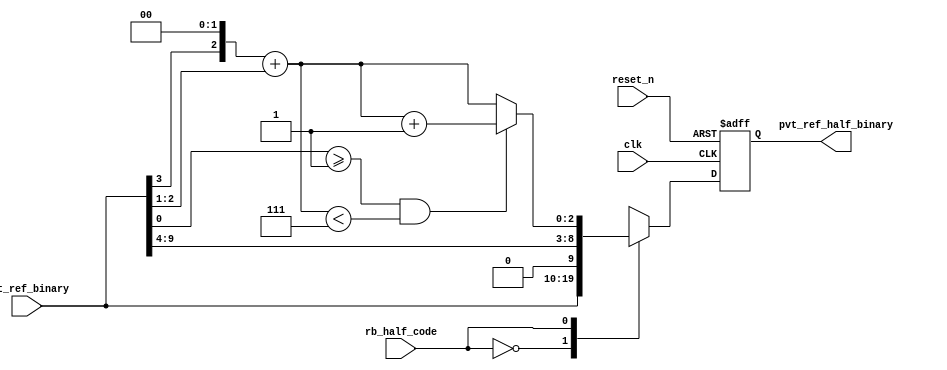
// This program was cloned from: https://github.com/chipsalliance/aib-phy-hardware
// License: Apache License 2.0

// SPDX-License-Identifier: Apache-2.0
// Copyright (C) 2019 Intel Corporation. 
//------------------------------------------------------------------------
//
// Revision:    $Revision: #3 $
//------------------------------------------------------------------------
// Description: half cycle delay code generation logics
//------------------------------------------------------------------------

//------------------------------------------------------------------------
// To be considered :
// 1. any potential glitch between code switching?
//------------------------------------------------------------------------
module aibndpnr_half_cycle_code_gen 
#(
parameter FF_DELAY     = 200
)
(
   input  wire         clk,                     //reference clock from pll
   input  wire         reset_n,                 //output for dll reset
   input  wire  [9:0]  pvt_ref_binary,          //output binary pvt value for delay chain
   input  wire         rb_half_code,   		//select between original or half cycle codes
   output reg   [9:0]  pvt_ref_half_binary 	//half cycle code (binary) for delay chain
);

`ifdef TIMESCALE_EN
  timeunit 1ps;
  timeprecision 1ps;
`endif

wire [6:0]  coarse_bin;
wire [2:0]  fint_bin, fint_bin_inc;
wire [2:0]  fine_bin;
wire [7:0]  coarse_divided_bin;
wire [3:0]  fine_divided_bin, coarse_frac_bin;

                        assign  coarse_divided_bin[7:0] = {1'b0,pvt_ref_binary[9:3]};
                        assign  fine_divided_bin[3:0] = {1'b0,pvt_ref_binary[2:0]};
                        assign  coarse_frac_bin[3:0] = {coarse_divided_bin[0],3'b000};
                        assign  fint_bin[2:0] = coarse_frac_bin[3:1] + fine_divided_bin[3:1];
                        assign  fint_bin_inc[2:0] = ((fine_divided_bin[0] >= 1'd1) && (fint_bin < 3'd7)) ? fint_bin[2:0] + 3'b001 : fint_bin[2:0];

        assign coarse_bin = coarse_divided_bin[7:1];
        assign fine_bin = fint_bin_inc;

        always @(posedge clk or negedge reset_n)
                begin
                        if(~reset_n) begin
				pvt_ref_half_binary <= #FF_DELAY 10'b00_0000_0000;
			end
			else case (rb_half_code)
				1'b0 : pvt_ref_half_binary <= #FF_DELAY pvt_ref_binary;
				1'b1 : pvt_ref_half_binary <= #FF_DELAY {coarse_bin,fine_bin};
				default : pvt_ref_half_binary <= #FF_DELAY {coarse_bin,fine_bin};
			endcase
		end 

endmodule // aibndpnr_half_cycle_code_gen